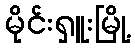
မိုင်းရှူးမြို့